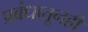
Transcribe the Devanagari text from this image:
प्रबंधातूनही